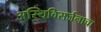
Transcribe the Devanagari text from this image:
अस्थिविसर्जनाचा